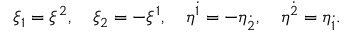
\xi _ { 1 } = \xi ^ { 2 } , \quad \xi _ { 2 } = - \xi ^ { 1 } , \quad \eta ^ { \dot { 1 } } = - \eta _ { \dot { 2 } } , \quad \eta ^ { \dot { 2 } } = \eta _ { \dot { 1 } } .